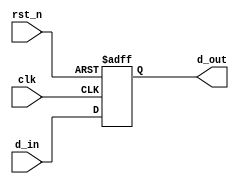
module register_behavioral (
    input wire clk,          // Clock signal
    input wire rst_n,       // Active low reset
    input wire [7:0] d_in,  // 8-bit data input
    output reg [7:0] d_out   // 8-bit data output
);

// Task definition to update the output based on input
task update_register;
    input [7:0] data; // Input data for the task
    begin
        // Non-blocking assignment to model the behavior of a register
        d_out <= data; // Assign input data to output
    end
endtask

// Always block triggered on the rising edge of the clock or reset
always @(posedge clk or negedge rst_n) begin
    if (!rst_n) begin
        // Reset the output to zero on active low reset
        d_out <= 8'b0;
    end else begin
        // Call the task to update the register with input data
        update_register(d_in);
    end
end

endmodule